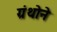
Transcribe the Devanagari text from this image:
ग्रंथोने